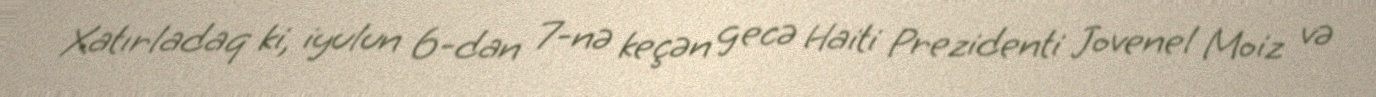
Xatırladaq ki, iyulun 6-dan 7-nə keçən gecə Haiti Prezidenti Jovenel Moiz və